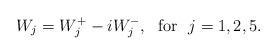
LaTeX: \begin{align*}W_j = W_j^+ -i W_j^- ,~~\mbox{for}~~j=1,2,5 .\end{align*}